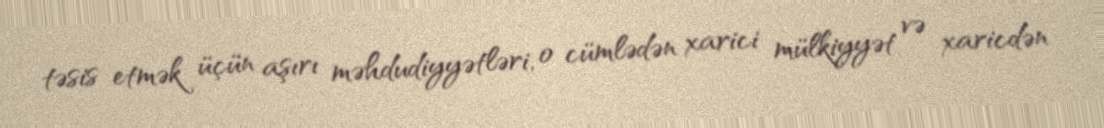
təsis etmək üçün aşırı məhdudiyyətləri, o cümlədən xarici mülkiyyət və xaricdən